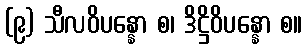
(၉) သီလဝိပန္နော စ၊ ဒိဋ္ဌိဝိပန္နော စ။